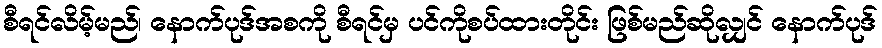
စီရင်လိမ့်မည်၊ နောက်ပုဒ်အစကို စီရင်မှ ပင်ကိုစပ်ထားတိုင်း ဖြစ်မည်ဆိုလျှင် နောက်ပုဒ်